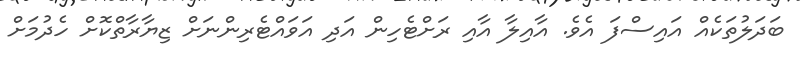
ބަދަލުތަކެއް އައިސްފަ އެވެ. އާއިލާ އާއި ރަށްޓެހިން އަދި އަވައްޓެރިންނަށް ޒިޔާރާތްކޮށް ހެދުމަށް